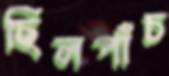
ছিলপাঁচ